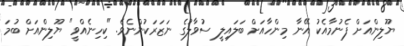
ޔޫލިންއަށް ފެނުމާއެކު އޭނާ މިންހާއަށް ބަލައިލީ ސުވާލުގެ ނަޒަރަކުންނެވެ. "ކިހިނެއްވީ" ޔޫލިންއަށް ބުމަ